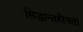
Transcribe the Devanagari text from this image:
सिद्धान्तहीनता